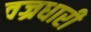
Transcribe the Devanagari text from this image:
वज्रधारी